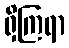
ရှိကြရာ